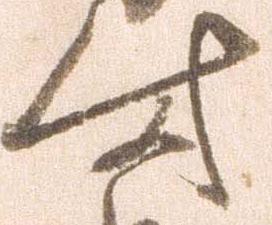
時